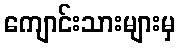
ကျောင်းသားများမှ